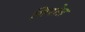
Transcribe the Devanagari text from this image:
पिरोल